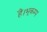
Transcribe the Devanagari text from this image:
हैं।भूकम्प